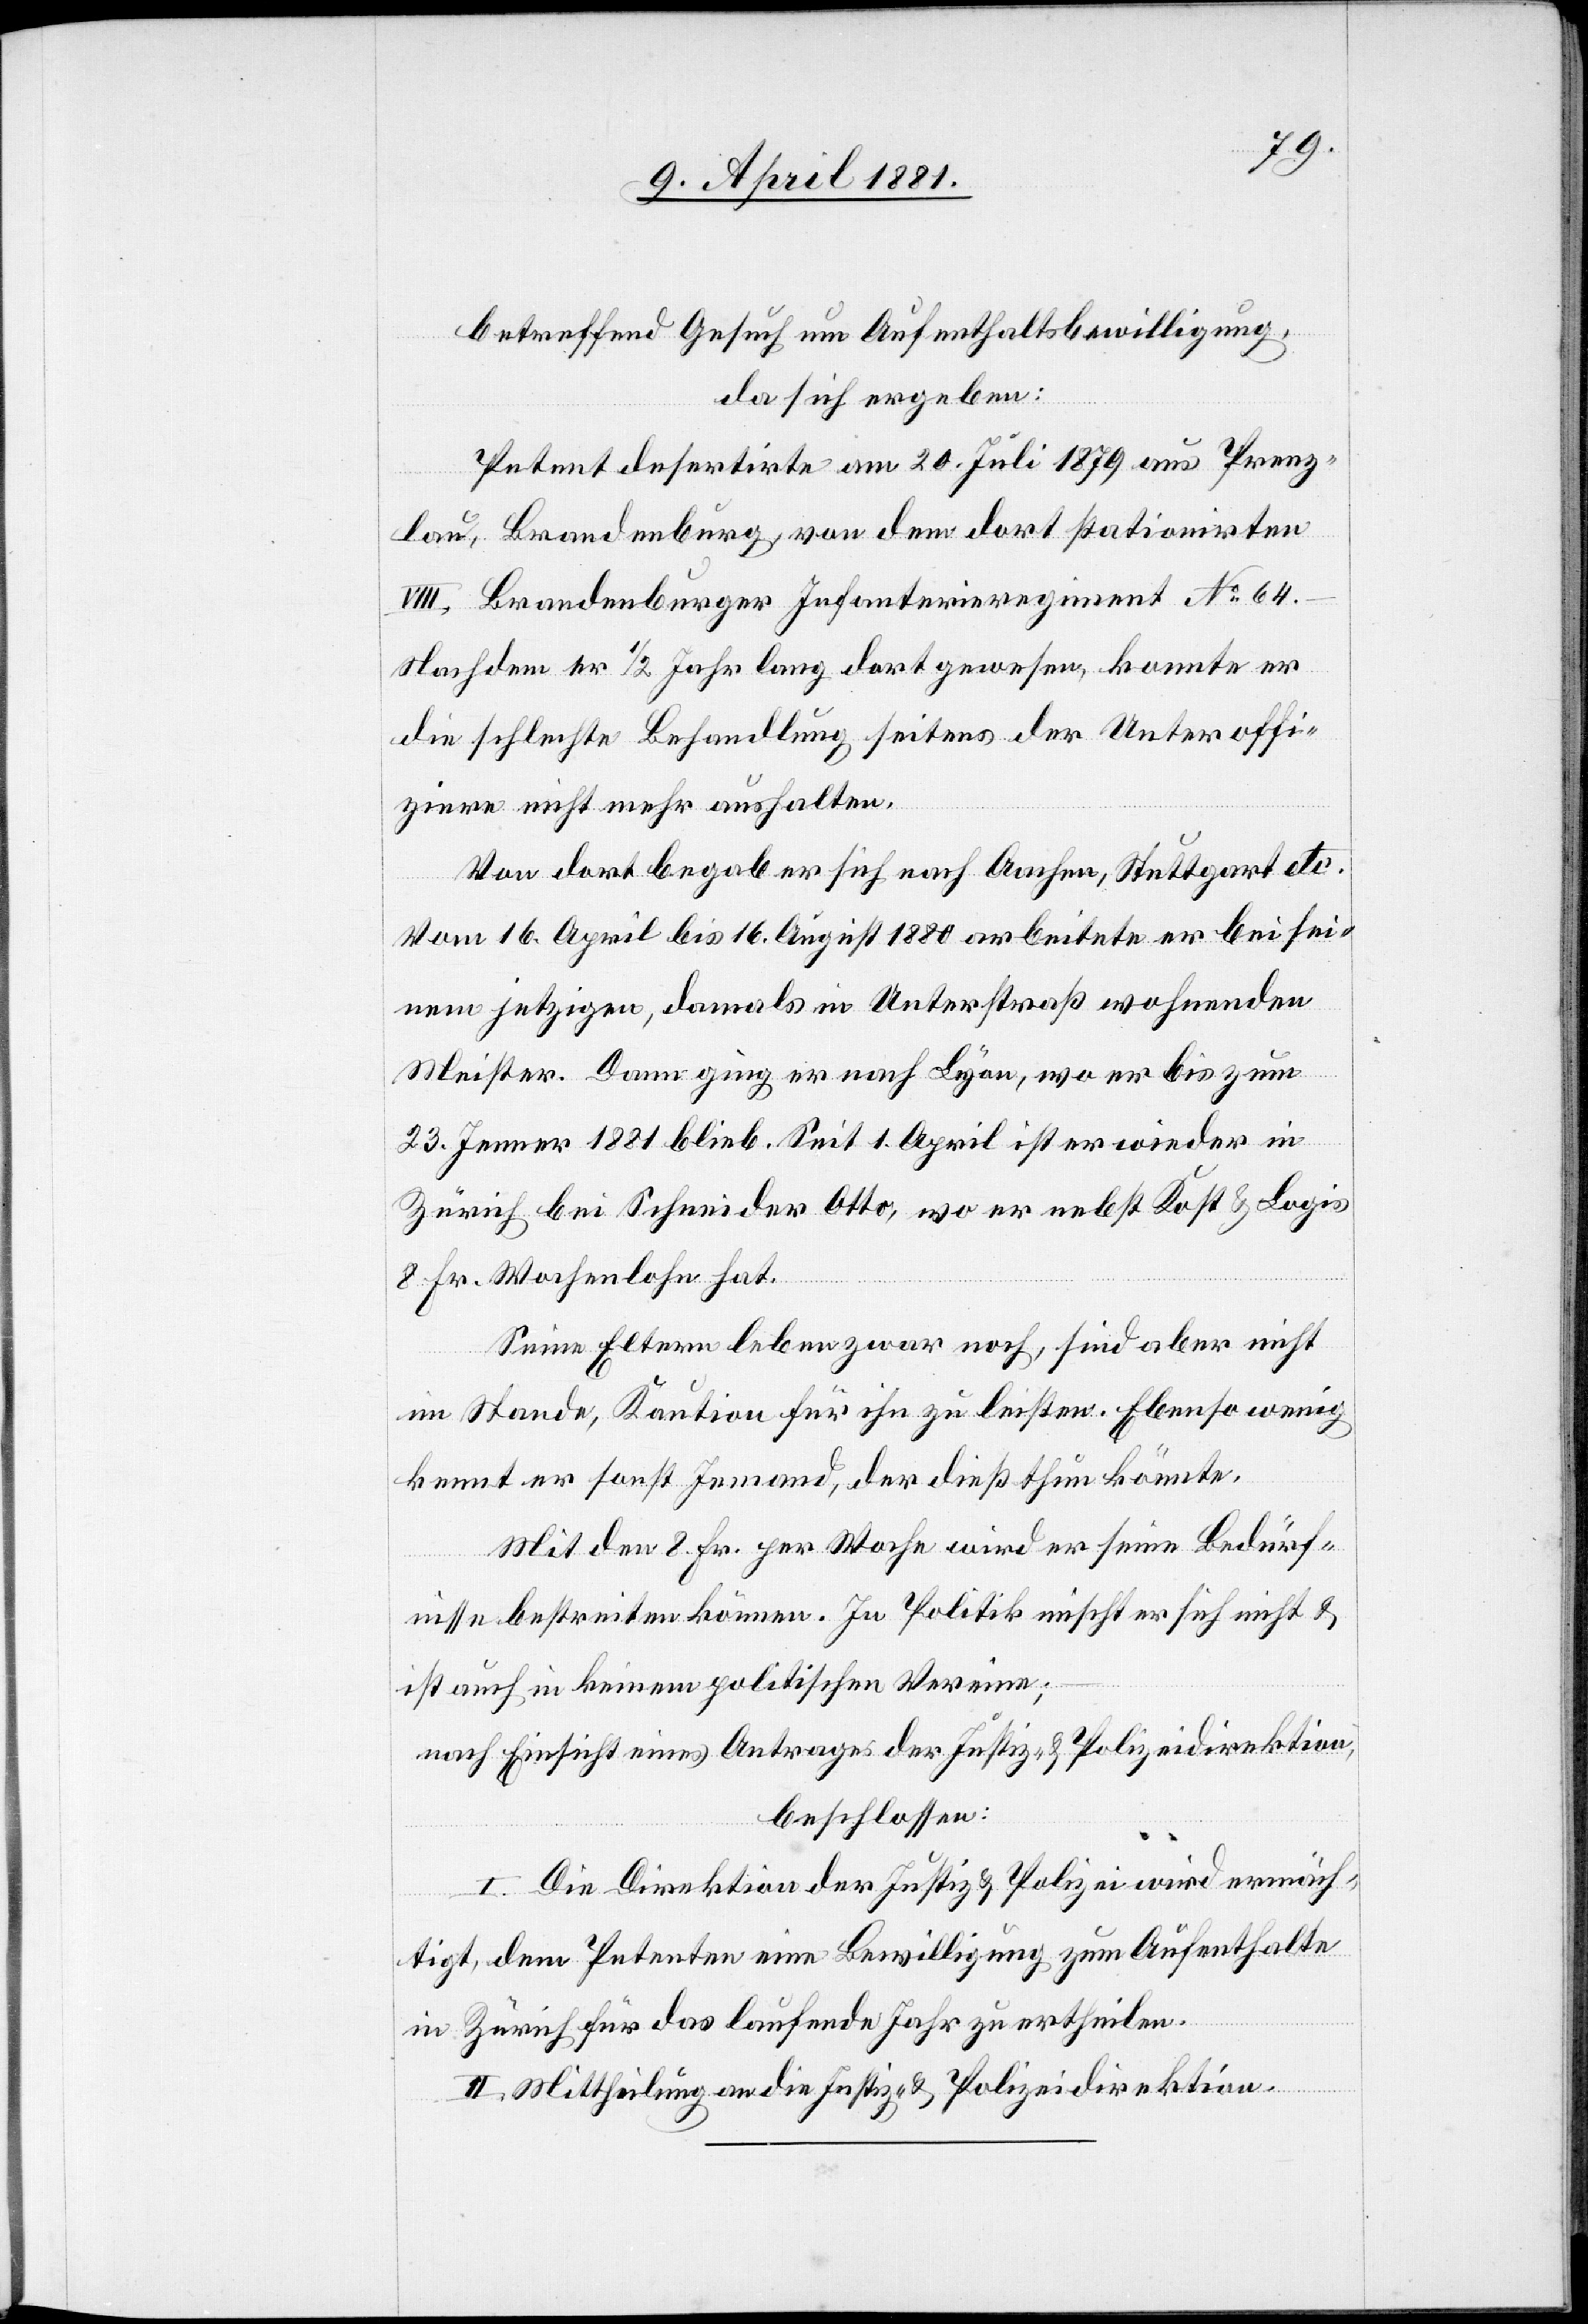
betreffend Gesuch um Aufenthaltsbewilligung,
da sich ergeben:
Petent desertirte am 20. Juli 1879 aus Prenz¬
lau, Brandenburg, von dem dort stationirten
VIII. Brandenburger Infanterieregiment No64.
Nachdem er 1/2 Jahr lang dort gewesen, konnte er
die schlechte Behandlung seitens der Unteroffi¬
ziere nicht mehr aushalten.
Von dort begab er sich nach Aachen, Stuttgart etc.
Vom 16. April bis 16. August 1880 arbeitete er bei sei¬
nem jetzigen, damals in Unterstraß wohnenden
Meister. Dann ging er nach Lyon, wo er bis zum
23. Januar 1881 blieb. Seit 1. April ist er wieder in
Zürich bei Schneider Otto, wo er nebst Kost & Logis
8 Fr. Wochenlohn hat.
Seine Eltern leben zwar noch, sind aber nicht
im Stande, Kaution für ihn zu leisten. Ebenso wenig
kennt er sonst jemand, der dieß thun könnte.
Mit den 8. Fr. per Woche wird er seine Bedürf¬
nisse bestreiten können. In Politik mischt er sich nicht &
ist auch in keinem politischen Verein;
nach Einsicht eines Antrages der Justiz- & Polizeidirektion,
beschlossen:
I. Die Direktion der Justiz & Polizei wird ermäch¬
tigt, dem Petenten eine Bewilligung zum Aufenthalte
in Zürich für das laufende Jahr zu ertheilen.
II. Mittheilung an die Justiz- & Polizeidirektion.